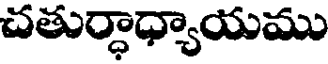
చతుర్ధాధ్యాయము